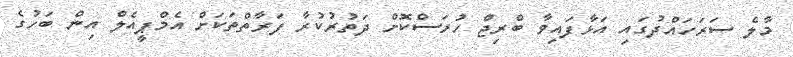
މާލެ ސަރަހައްދުގައި އަޅާފައިވާ ބްރިޖް ހުރަސްކޮށް ދަތުރުކުރާ ފަރާތްތަކަށް އެމްޕީއެލް އިން ބަހުގެ